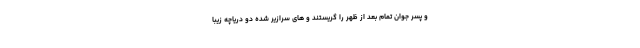
و پسر جوان تمام بعد از ظهر را گریستند و های سرازیر شده دو دریاچه زیبا